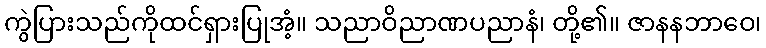
ကွဲပြားသည်ကိုထင်ရှားပြုအံ့။ သညာဝိညာဏပညာနံ၊ တို့၏။ ဇာနနဘာဝေ၊